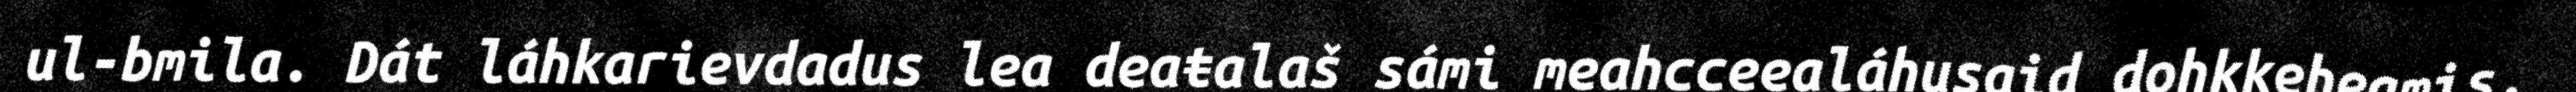
ul-bmila. Dát láhkarievdadus lea deaŧalaš sámi meahcceealáhusaid dohkkeheamis.